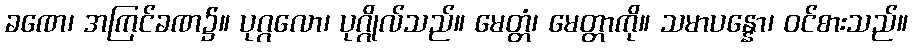
ခဏေ၊ အကြင်ခဏ၌။ ပုဂ္ဂလော၊ ပုဂ္ဂိုလ်သည်။ မေတ္တံ၊ မေတ္တာကို။ သမာပန္နော၊ ဝင်စားသည်။